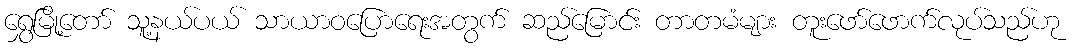
ရွှေမြို့တော် သူ့နယ်ပယ် သာယာဝပြောရေးအတွက် ဆည်မြောင်း တာတမံများ တူးဖော်ဖောက်လုပ်သည်ဟု